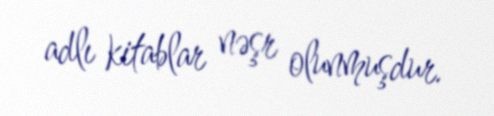
adlı kitablar nəşr olunmuşdur.